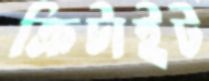
ক্রিটাইট